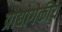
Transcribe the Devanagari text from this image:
प्रोद्योगेकीय